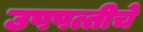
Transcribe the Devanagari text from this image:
उपपत्तीचे